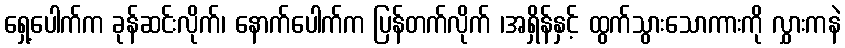
ရှေ့ပေါက်က ခုန်ဆင်းလိုက်၊ နောက်ပေါက်က ပြန်တက်လိုက် ၊အရှိန်နှင့် ထွက်သွားသောကားကို လွှားကနဲ